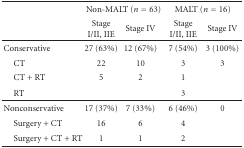
<table><thead><tr><td></td><td colspan="2"><b>Non-MALT (<i>n</i> = 63)</b></td><td colspan="2"><b>MALT (<i>n</i> = 16)</b></td></tr><tr><td></td><td><b>Stage I/II, IIE</b></td><td><b>Stage IV</b></td><td><b>Stage I/II, IIE</b></td><td><b>Stage IV</b></td></tr></thead><tbody><tr><td>Conservative</td><td>27 (63%)</td><td>12 (67%)</td><td>7 (54%)</td><td>3 (100%)</td></tr><tr><td> CT</td><td>22</td><td>10</td><td>3</td><td>3</td></tr><tr><td> CT + RT</td><td>5</td><td>2</td><td>1</td><td> </td></tr><tr><td> RT</td><td> </td><td> </td><td>3</td><td> </td></tr><tr><td>Nonconservative</td><td>17 (37%)</td><td>7 (33%)</td><td>6 (46%)</td><td>0</td></tr><tr><td> Surgery + CT</td><td>16</td><td>6</td><td>4</td><td> </td></tr><tr><td> Surgery + CT + RT</td><td>1</td><td>1</td><td>2</td><td> </td></tr></tbody></table>